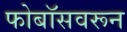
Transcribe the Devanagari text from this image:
फोबॉसवरून